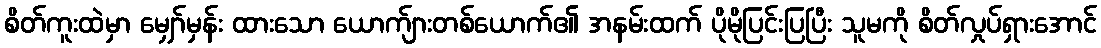
စိတ်ကူးထဲမှာ မျှော်မှန်း ထားသော ယောက်ျားတစ်ယောက်၏ အနမ်းထက် ပိုမိုပြင်းပြပြီး သူမကို စိတ်လှုပ်ရှားအောင်